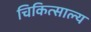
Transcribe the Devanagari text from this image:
चिकित्साल्य